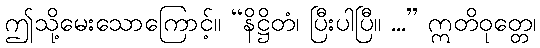
ဤသို့မေးသောကြောင့်။ “နိဋ္ဌိတံ၊ ပြီးပါပြီ။ ...” ဣတိဝုတ္တေ၊